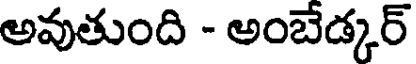
అవుతుంది - అంబేడ్కర్